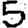
Digit: 5